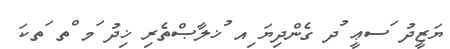
ޔަޒީދު ަސޢީ ުދ ގެންދިޔަ ިއ ުޚލާޞްތެރި ޚިދު ަމ ްތ ަތކަ